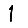
Digit: 1